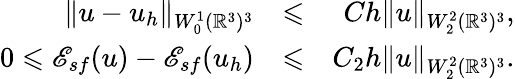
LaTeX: \begin{array}{rlr}{\| u-u_{h}\| _{W_{0}^{1}({\mathbb R}^{3})^{3}}}&{\leqslant}&{Ch\| u\| _{W_{2}^{2}({\mathbb R}^{3})^{3}},}\\ {0\leqslant{\mathscr E}_{sf}(u)-{\mathscr E}_{sf}(u_{h})}&{\leqslant}&{C_{2}h\| u\| _{W_{2}^{2}({\mathbb R}^{3})^{3}}.}\end{array}